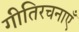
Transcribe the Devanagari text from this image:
गीतिरचनाएँ